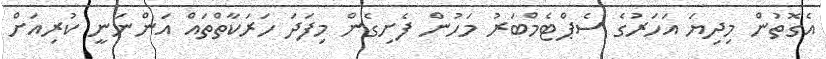
އެގޮތުން މިދިޔަ އަހަރުގެ ސެޕްޓެމްބަރު މަހުން ފެށިގެން މިފަދަ ހަރަކާތްތައް އަންނަނީ ކުރިއަށް